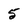
Character: 5